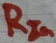
Text: RIn